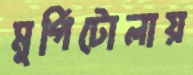
মুর্গিটোলায়